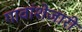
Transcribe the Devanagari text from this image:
गावांशेजारी